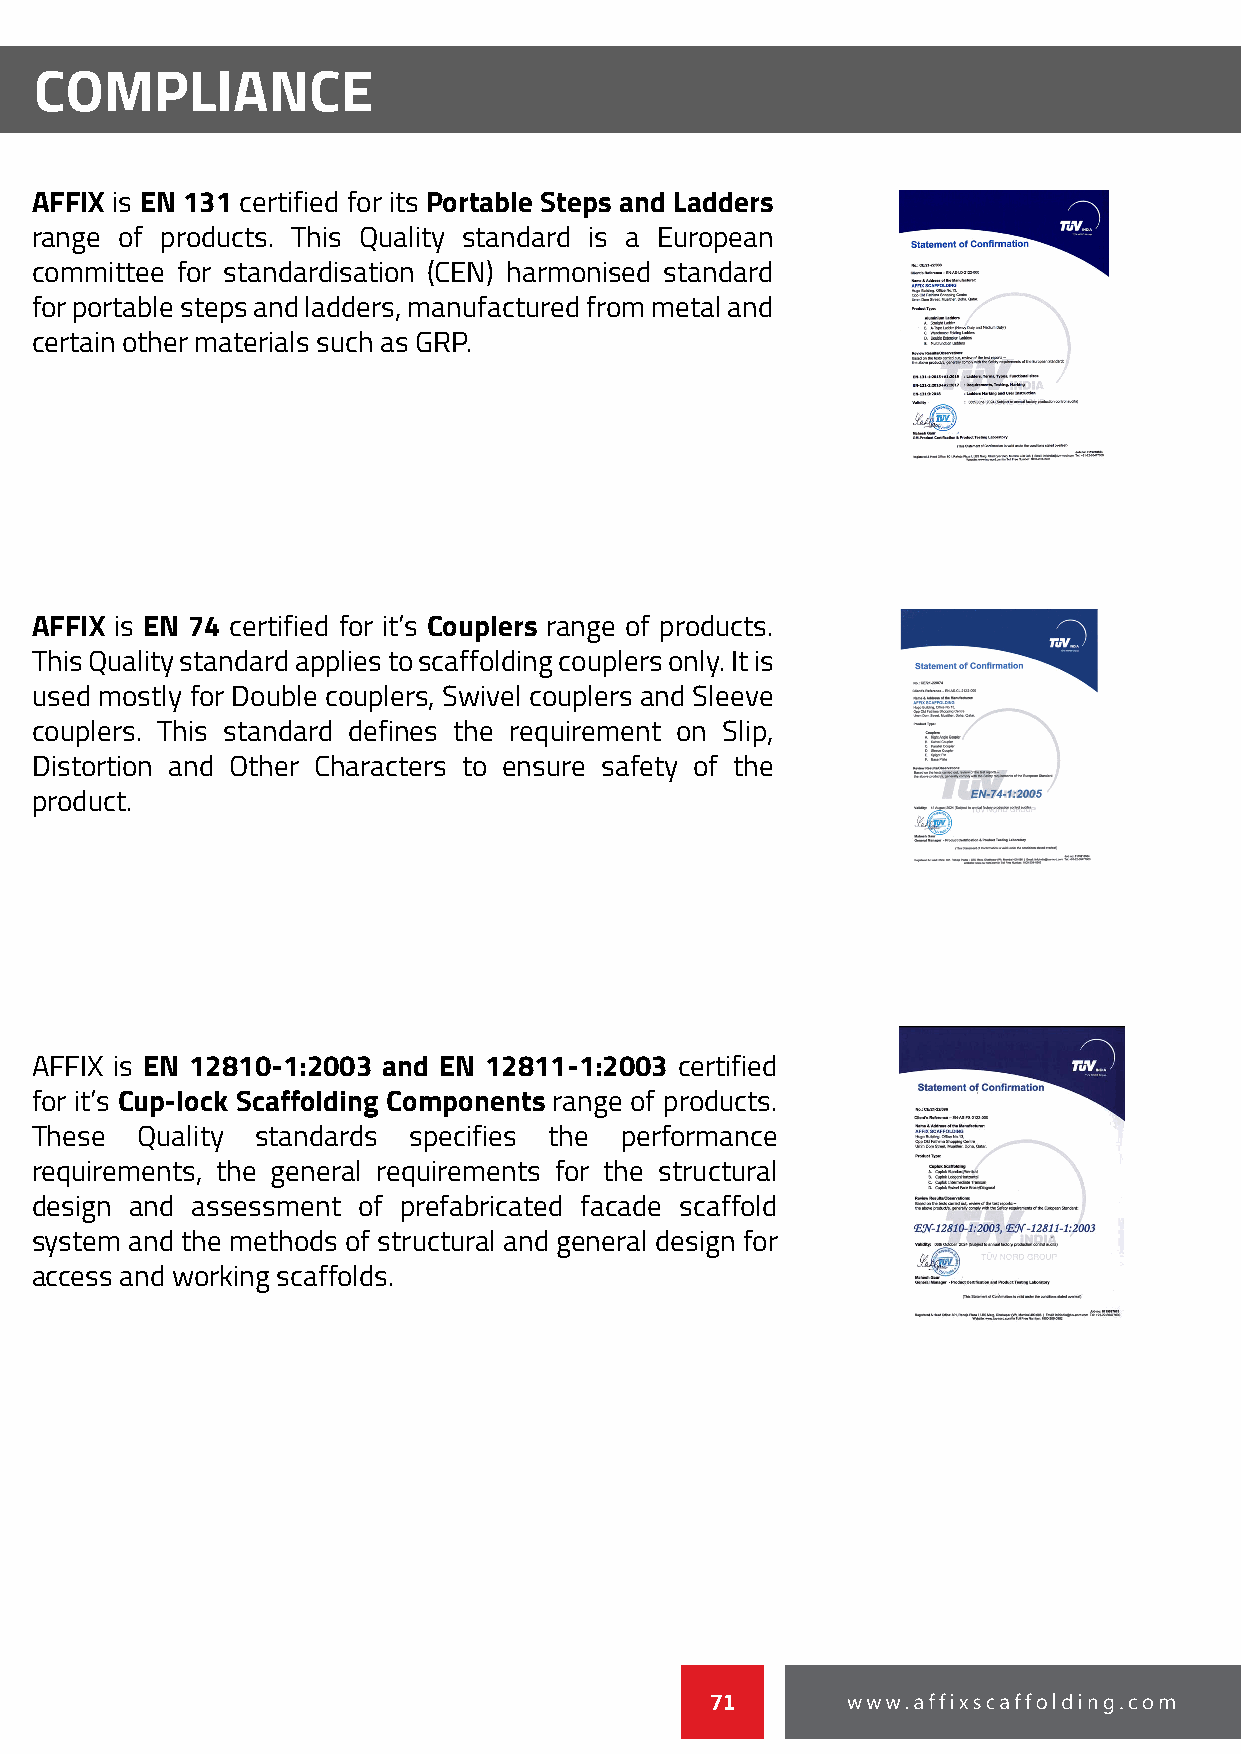
COMPLIANCE
 AFFIX is EN 131 certified for its Portable Steps and Ladders
 range of products. This Quality standard is a European
 committee for standardisation (CEN) harmonised standard
 for portable steps and ladders, manufactured from metal and
 certain other materials such as GRP.
 AFFIX is EN 74 certified for it’s Couplers range of products.
 This Quality standard applies to scaffolding couplers only. It is
 used mostly for Double couplers, Swivel couplers and Sleeve
 couplers. This standard defines the requirement on Slip,
 Distortion and Other Characters to ensure safety of the
 product.
 AFFIX is EN 12810-1:2003 and EN 12811-1:2003 certified
 for it’s Cup-lock Scaffolding Components range of products.
 These  Quality standards specifies the performance
 requirements, the general requirements for the structural
 design and assessment of prefabricated facade scaffold
 system and the methods of structural and general design for
 access and working scaffolds.
 71